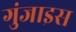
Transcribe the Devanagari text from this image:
गुंजाइस